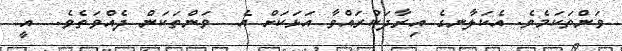
ވަންތަކަމެވެ. އެކަލާނގެ އިރާދަކުރައްވާ އަޅަކަށް އެ  ވަންތަކަން ދެއްވަތެވެ.  އީ